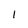
Character: 1